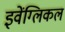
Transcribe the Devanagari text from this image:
इवेंग्लिकल